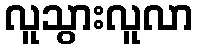
လူသွားလူလာ